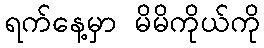
ရက်နေ့မှာ မိမိကိုယ်ကို